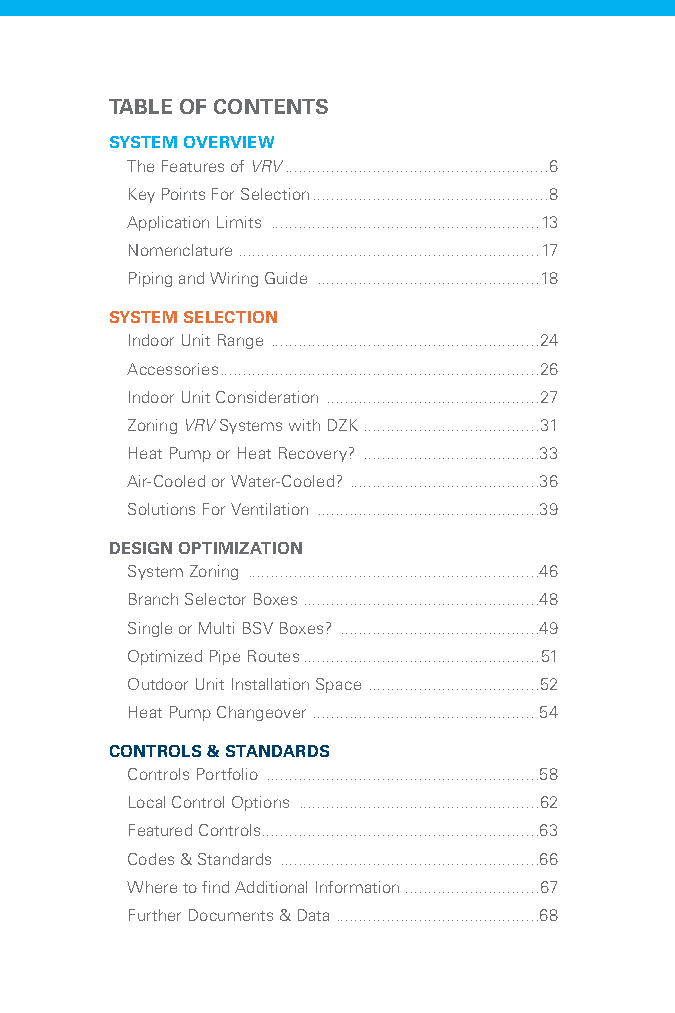
TABLE OF CONTENTS
 SYSTEM OVERVIEW
 The Features of VRV .........................................................6
 Key Points For Selection ...................................................8
 Application Limits ..........................................................13
 Nomenclature .................................................................17
 Piping and Wiring Guide ................................................18
 SYSTEM SELECTION
 Indoor Unit Range ..........................................................24
 Accessories .....................................................................26
 Indoor Unit Consideration ..............................................27
 Zoning VRV Systems with DZK ......................................31
 Heat Pump or Heat Recovery? ......................................33
 Air-Cooled or Water-Cooled? .........................................36
 Solutions For Ventilation ................................................39
 DESIGN OPTIMIZATION
 System Zoning ...............................................................46
 Branch Selector Boxes ...................................................48
 Single or Multi BSV Boxes? ...........................................49
 Optimized Pipe Routes ...................................................51
 Outdoor Unit Installation Space .....................................52
 Heat Pump Changeover ................................................54
 CONTROLS & STANDARDS
 Controls Portfolio ...........................................................58
 Local Control Options ....................................................62
 Featured Controls............................................................63
 Codes & Standards ........................................................66
 Where to find Additional Information .............................67
 Further Documents & Data ............................................68